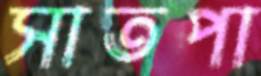
সাতপা